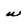
Character: w